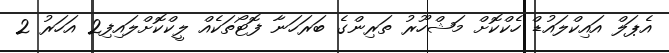
އެޕަލް އައިކްލައުޑް ހެކްކޮށް މަޝްހޫރު ތަރިންގެ ބަރަހަނާ ފޮޓޯތަކެއް ލީކްކޮށްލައިފި2 އަހަރު 2